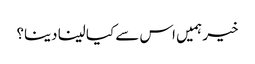
خیر ہمیں اس سے کیا لینا دینا؟